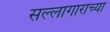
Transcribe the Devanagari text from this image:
सल्लागारांच्या